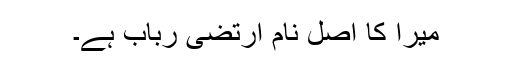
میرا کا اصل نام ارتضی رباب ہے۔